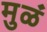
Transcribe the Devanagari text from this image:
मुळं